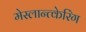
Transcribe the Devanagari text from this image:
मेस्लान्त्केरिंग